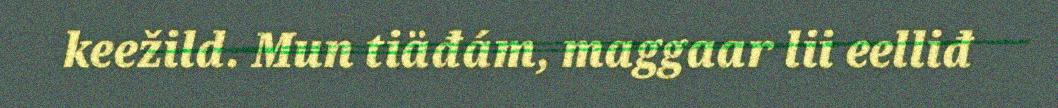
keežild. Mun tiäđám, maggaar lii eelliđ